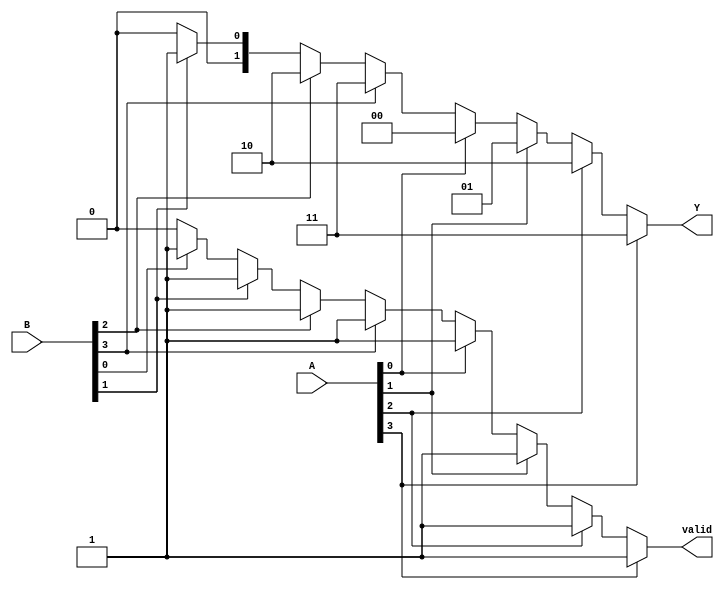
module dual_priority_encoder (
    input wire [3:0] A,  // Set A inputs (A0, A1, A2, A3)
    input wire [3:0] B,  // Set B inputs (B0, B1, B2, B3)
    output reg [1:0] Y,  // Binary output (2 bits for encoding)
    output reg valid     // Valid output signal
);

    always @(*) begin
        // Default values
        Y = 2'b00;
        valid = 1'b0;

        // Check Set A for active inputs
        if (A[3]) begin
            Y = 2'b11; // A3
            valid = 1'b1;
        end else if (A[2]) begin
            Y = 2'b10; // A2
            valid = 1'b1;
        end else if (A[1]) begin
            Y = 2'b01; // A1
            valid = 1'b1;
        end else if (A[0]) begin
            Y = 2'b00; // A0
            valid = 1'b1;
        end else begin
            // If no active inputs in Set A, check Set B
            if (B[3]) begin
                Y = 2'b11; // B3
                valid = 1'b1;
            end else if (B[2]) begin
                Y = 2'b10; // B2
                valid = 1'b1;
            end else if (B[1]) begin
                Y = 2'b01; // B1
                valid = 1'b1;
            end else if (B[0]) begin
                Y = 2'b00; // B0
                valid = 1'b1;
            end
        end
    end

endmodule